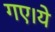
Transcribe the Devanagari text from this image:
गए।ये